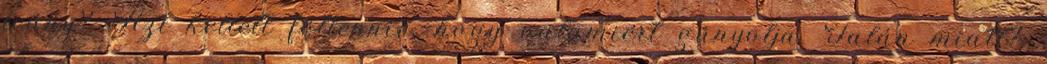
leány? Azt kellett föltennie, hogy valamiért gúnyolja. Talán miatt?